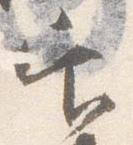
官